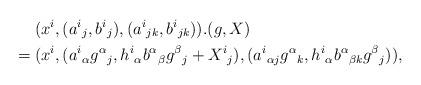
LaTeX: \begin{align*}&\hphantom{{}={}}(x^i,(a^i{}_j,b^i{}_j),(a^i{}_{jk},b^i{}_{jk})).(g,X)\\*&=(x^i,(a^i{}_\alpha g^\alpha{}_j,h^i{}_\alpha b^\alpha{}_\beta g^\beta{}_j+X^i{}_j),(a^i{}_{\alpha j}g^\alpha{}_k,h^i{}_\alpha b^\alpha{}_{\beta k}g^\beta{}_j)),\end{align*}